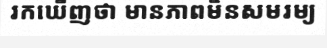
រកឃើញថា មានភាពមិនសមរម្យ